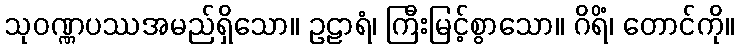
သုဝဏ္ဏပဿအမည်ရှိသော။ ဥဠာရံ၊ ကြီးမြင့်စွာသော။ ဂိရိံ၊ တောင်ကို။